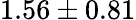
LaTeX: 1.56\pm 0.81